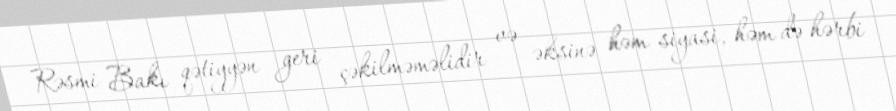
Rəsmi Bakı qətiyyən geri çəkilməməlidir və əksinə həm siyasi, həm də hərbi